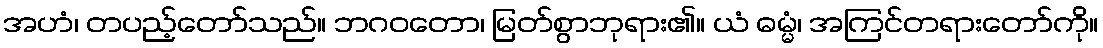
အဟံ၊ တပည့်တော်သည်။ ဘဂဝတော၊ မြတ်စွာဘုရား၏။ ယံ ဓမ္မံ၊ အကြင်တရားတော်ကို။